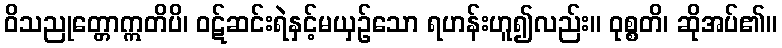
ဝိသညုတ္တောဣတိပိ၊ ဝဋ်ဆင်းရဲနှင့်မယှဉ်သော ရဟန်းဟူ၍လည်း။ ဝုစ္စတိ၊ ဆိုအပ်၏။